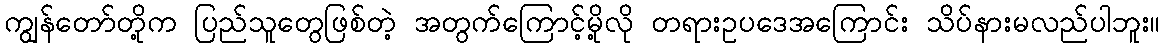
ကျွန်တော်တို့က ပြည်သူတွေဖြစ်တဲ့ အတွက်ကြောင့်မို့လို တရားဥပဒေအကြောင်း သိပ်နားမလည်ပါဘူး။